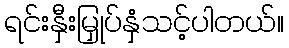
ရင်းနှီးမြှုပ်နှံသင့်ပါတယ်။